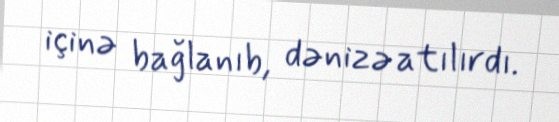
içinə bağlanıb, dənizə atılırdı.